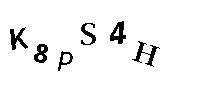
K8PS4H